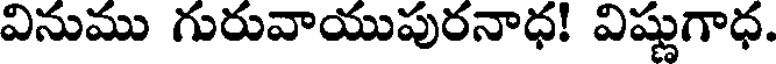
వినుము గురువాయుపురనాధ! విష్ణుగాధ.